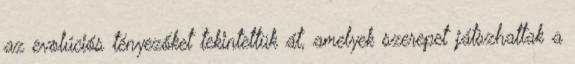
az evolúciós tényezőket tekintettük át, amelyek szerepet játszhattak a